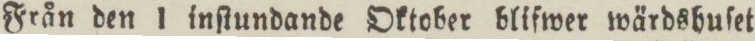
Från den 1 inſtundande Oktober blifwer wärdshuſet